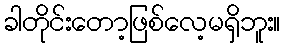
ခါတိုင်းတော့ဖြစ်လေ့မရှိဘူး။